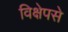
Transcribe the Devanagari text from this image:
विक्षेपसे